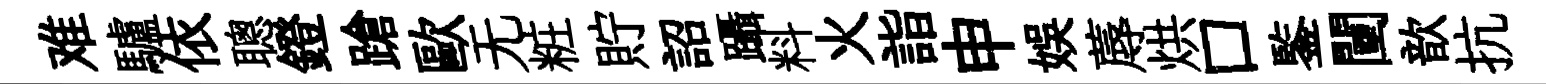
难驢依聰鐙蹌歐无粧貯詔躡料火詣申娱蓐烘口鍳闉歆抗